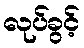
လုပ်ခွင့်